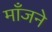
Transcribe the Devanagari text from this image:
माँजने